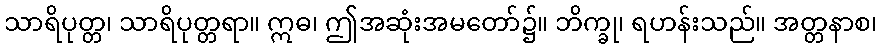
သာရိပုတ္တ၊ သာရိပုတ္တရာ။ ဣဓ၊ ဤအဆုံးအမတော်၌။ ဘိက္ခု၊ ရဟန်းသည်။ အတ္တနာစ၊